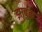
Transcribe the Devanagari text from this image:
झाबुक